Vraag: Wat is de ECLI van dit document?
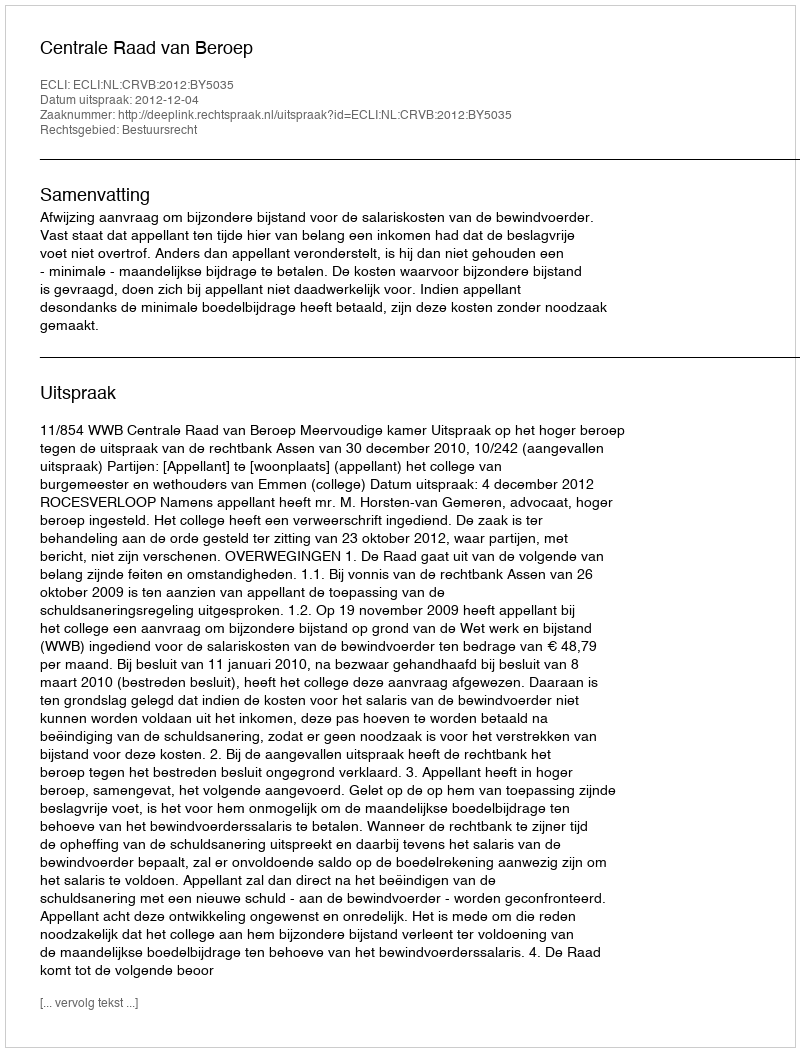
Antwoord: ECLI:NL:CRVB:2012:BY5035